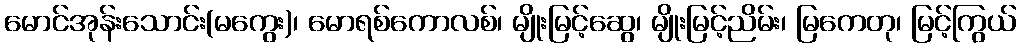
မောင်အုန်းသောင်း(မကွေး)၊ မောရစ်ကောလစ်၊ မျိုးမြင့်ဆွေ၊ မျိုးမြင့်ညိမ်း၊ မြကေတု၊ မြင့်ကြွယ်